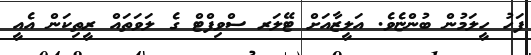
ފަހު ހީލަމުން ބުންޏެވެ. އަލީޒާއަށް ޓޭލަރ ސްވިފްޓް ގެ ލަވަތައް ރީތިކަން އެއީ